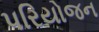
પરિયોજન